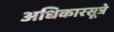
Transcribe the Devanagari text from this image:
अधिकारसूत्रे